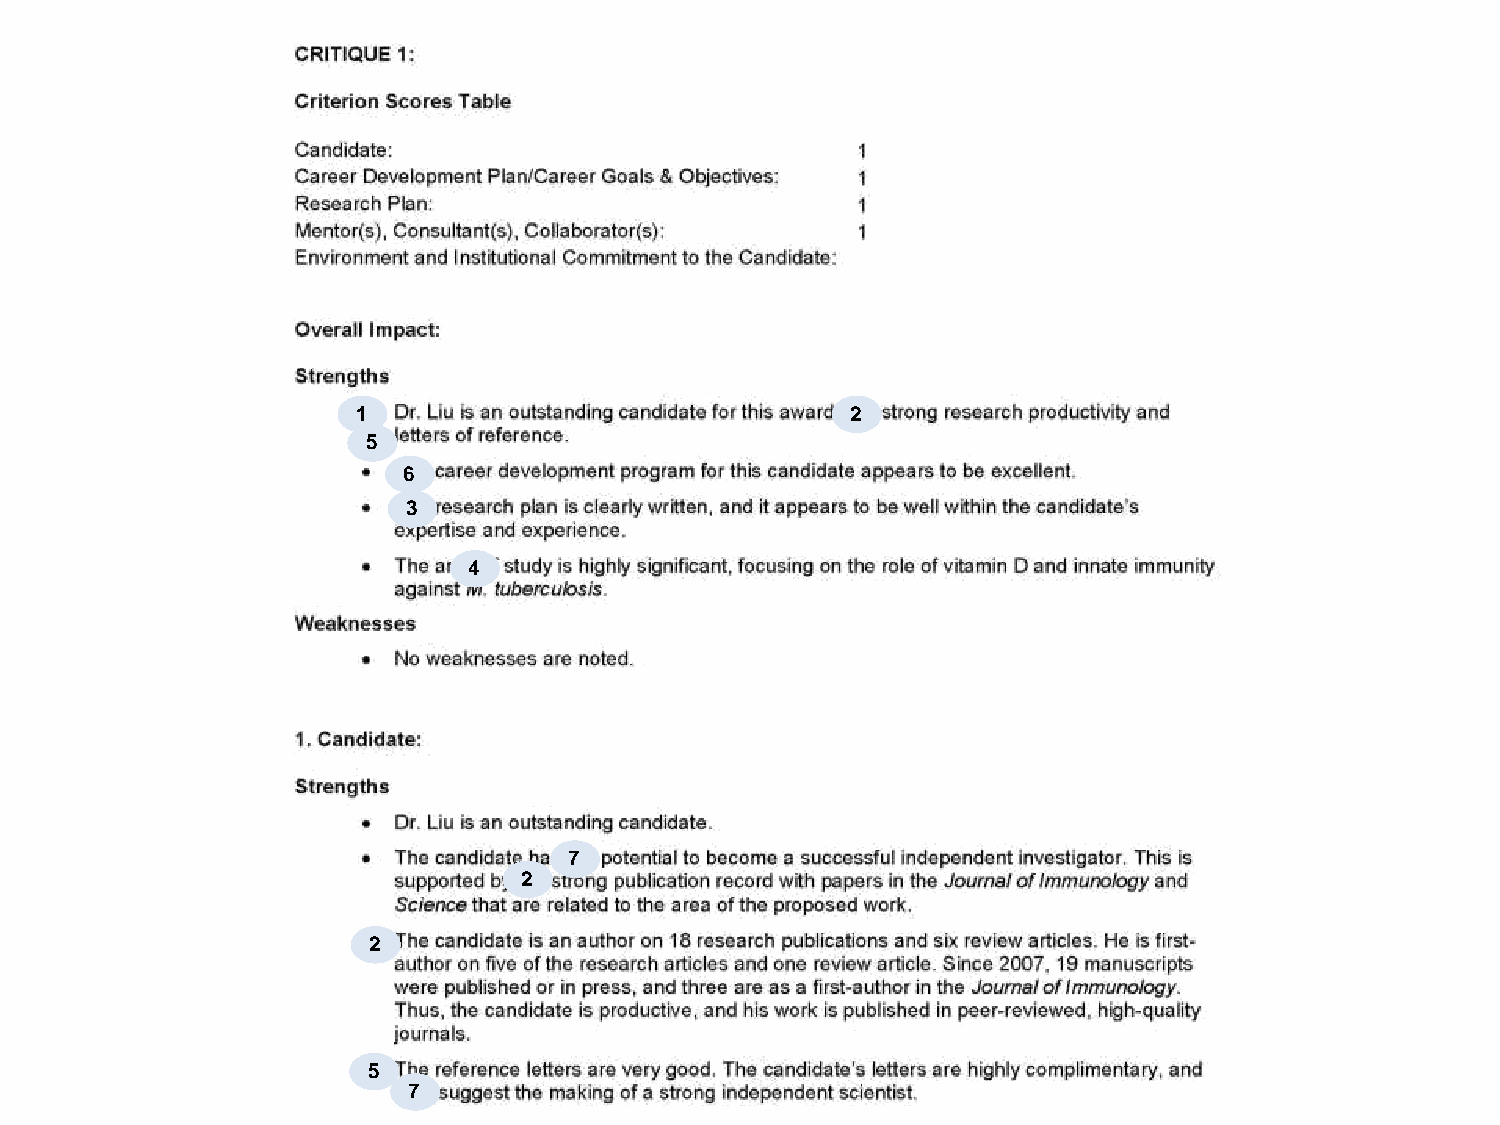
1                               2
 5
 6
 3
 4
 7
 2
 2
 5
 7